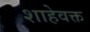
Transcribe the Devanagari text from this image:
शाहेवक्त